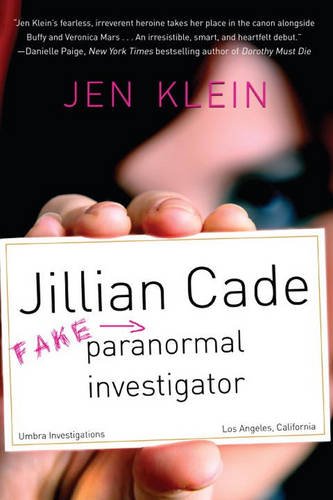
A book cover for Jillian Cade: (Fake) Paranormal Investigator; Jen Klein; Teen & Young Adult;